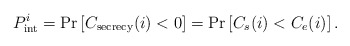
\begin{align*}P_{{\mathop{\textrm{int}}} }^i = \Pr \left[ {C_{{\textrm{secrecy}}} (i) < 0} \right] = \Pr \left[ {C_s (i) < C_e (i)} \right].\end{align*}